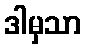
ဒါမှသာ